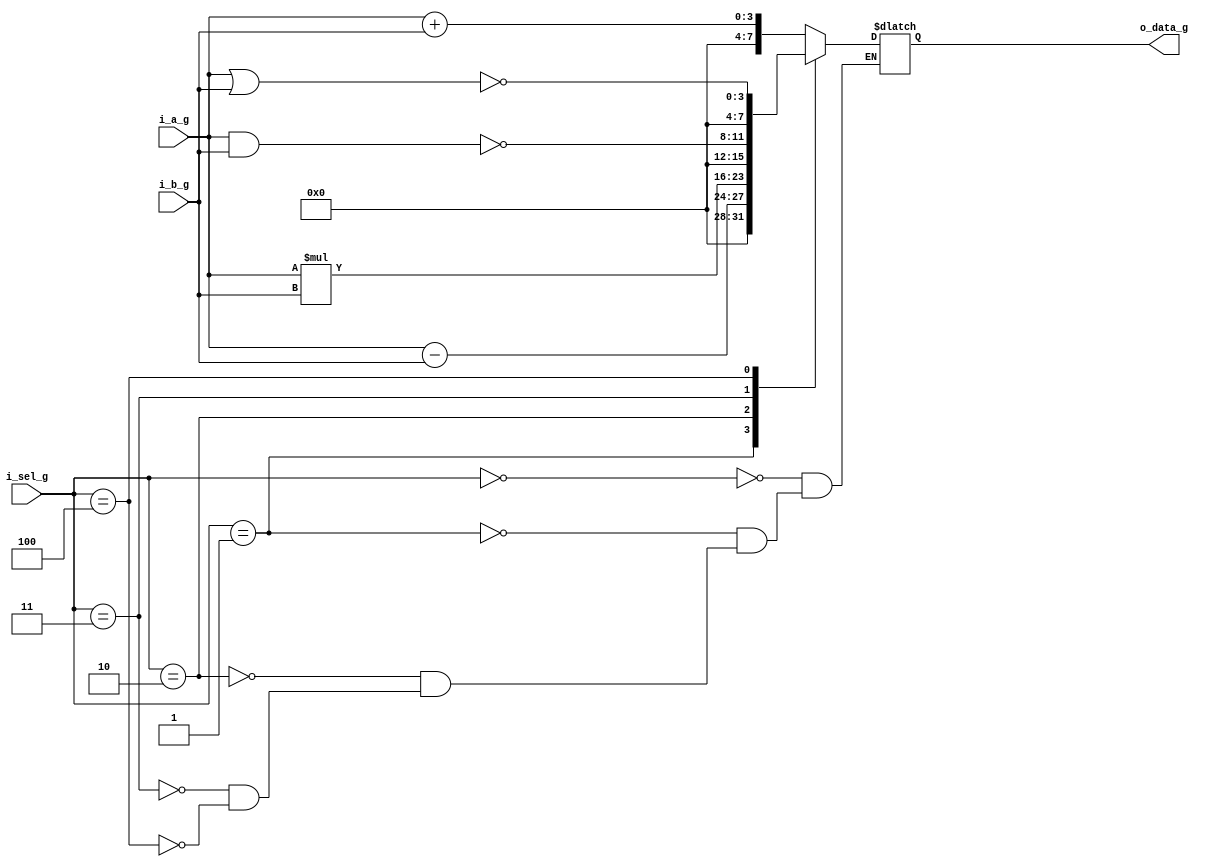
`timescale 1ns / 1ps
module ALU_behav(
i_sel_g,
i_a_g,
i_b_g,
o_data_g
);

parameter WIDTH = 4;

input [WIDTH-1:0] i_a_g, i_b_g;

input [WIDTH-2:0] i_sel_g;

output reg [2*WIDTH-1:0] o_data_g;


wire [WIDTH-1:0] i_a_add_g;
wire [WIDTH-1:0] i_b_add_g;
wire [WIDTH-1:0] i_a_sub_g;
wire [WIDTH-1:0] i_b_sub_g;
wire [WIDTH-1:0] i_a_mult_g;
wire [WIDTH-1:0] i_b_mult_g;
wire [WIDTH-1:0] i_a_nand_g;
wire [WIDTH-1:0] i_b_nand_g;
wire [WIDTH-1:0] i_a_nor_g;
wire [WIDTH-1:0] i_b_nor_g;

wire [WIDTH-1:0] o_data_add_g;
wire [WIDTH-1:0] o_data_sub_g;
wire [2*WIDTH-1:0] o_data_mult_g;
wire [WIDTH-1:0] o_data_nand_g;
wire [WIDTH-1:0] o_data_nor_g;


assign i_a_add_g = i_a_g;
assign i_b_add_g = i_b_g;

assign i_a_sub_g = i_a_g;
assign i_b_sub_g = i_b_g;

assign i_a_mult_g = i_a_g;
assign i_b_mult_g = i_b_g;

assign i_a_nand_g = i_a_g;
assign i_b_nand_g = i_b_g;

assign i_a_nor_g = i_a_g;
assign i_b_nor_g = i_b_g;


assign o_data_add_g = i_a_g + i_b_g;
assign o_data_sub_g = i_a_g - i_b_g;
assign o_data_mult_g = i_a_g * i_b_g;
assign o_data_nand_g = ~(i_a_g & i_b_g);
assign o_data_nor_g = ~(i_a_g | i_b_g);

always @* begin

	case (i_sel_g) 
			3'b000: o_data_g = {4'b0000, o_data_add_g};
			3'b001: o_data_g = {4'b0000, o_data_sub_g};
			3'b010: o_data_g = o_data_mult_g;
			3'b011: o_data_g = {4'b0000, o_data_nand_g};
			3'b100: o_data_g = {4'b0000, o_data_nor_g};
			default: o_data_g = o_data_g;	
	
	endcase

end


endmodule